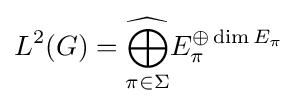
L^{2}(G)={\underset {\pi \in \Sigma }{\widehat {\bigoplus }}}E_{\pi }^{\oplus \dim E_{\pi }}